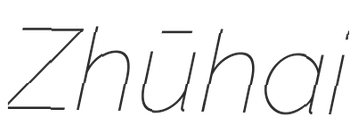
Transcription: Zhūhai